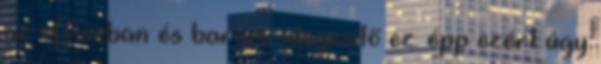
az offiszban és baromi idegesítő ez. épp ezért úgy